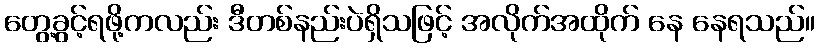
တွေ့ခွင့်ရဖို့ကလည်း ဒီတစ်နည်းပဲရှိသဖြင့် အလိုက်အထိုက် နေ နေရသည်။